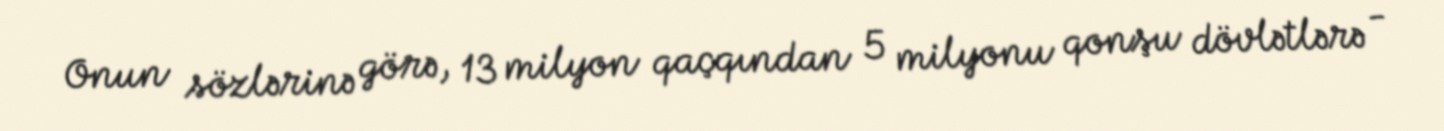
Onun sözlərinə görə, 13 milyon qaçqından 5 milyonu qonşu dövlətlərə -